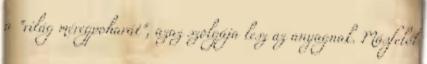
a "világ méregpoharát", azaz szolgája lesz az anyagnak. Másfelől